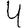
Digit: 4